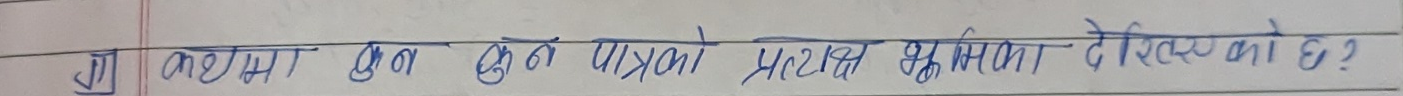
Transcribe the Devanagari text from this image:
कक्षा कुन कुन पात्रको माध्यम सुरक्षा दिइएको छ ?